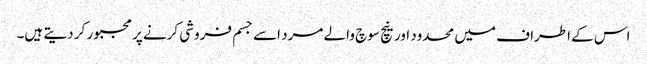
اس کے اطراف میں محدود اور نیچ سوچ والے مرد اسے جسم فروشی کرنے پر مجبور کر دیتے ہیں۔